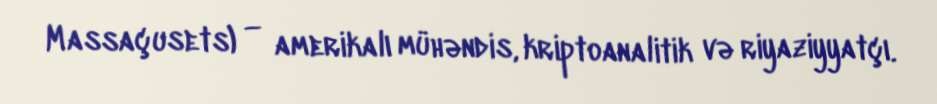
Massaçusets) — amerikalı mühəndis, kriptoanalitik və riyaziyyatçı.